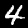
Digit: 4